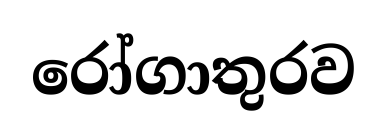
රෝගාතුරව